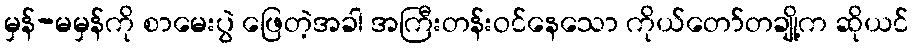
မှန်-မမှန်ကို စာမေးပွဲ ဖြေတဲ့အခါ အကြီးတန်းဝင်နေသော ကိုယ်တော်တချို့က ဆိုယင်